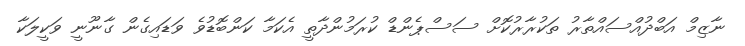
ނާޒިމް އަބްދުއްސައްތާރު ތަކުރާރުކޮށް ސަސްޕެންޑް ކުރަމުންދާތީ އެކަމާ ކަންބޮޑުވެ ވަޑައިގެން ގާނޫނީ ވަކީލަކާ